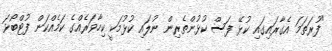
"ފުރަތަމަ އެގާރައިގައި ކުޅޭ ފަސް ކުޅުންތެރިން ނުލައި ކުޅުމަކީ ކިހާވަރެއްގެ ކަމެއްކަން ފުޓްބޯޅަ